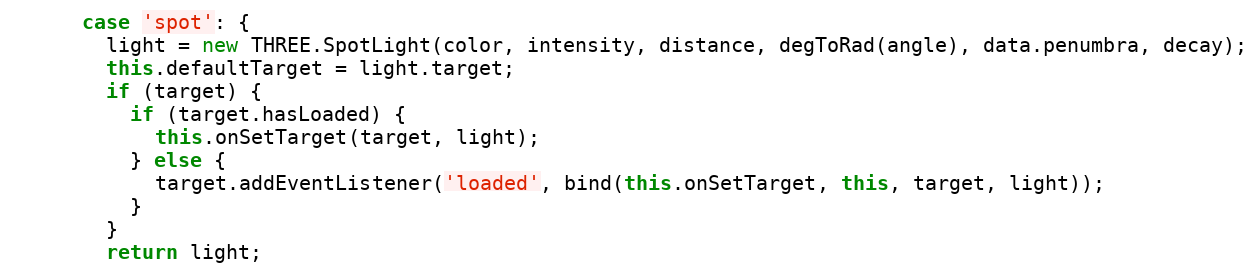
Language: JavaScript
      case 'spot': {
        light = new THREE.SpotLight(color, intensity, distance, degToRad(angle), data.penumbra, decay);
        this.defaultTarget = light.target;
        if (target) {
          if (target.hasLoaded) {
            this.onSetTarget(target, light);
          } else {
            target.addEventListener('loaded', bind(this.onSetTarget, this, target, light));
          }
        }
        return light;